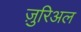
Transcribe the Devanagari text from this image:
ज़ुरिअल